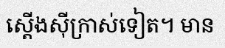
ស្តើងស៊ីក្រាស់ទៀត។ មាន